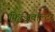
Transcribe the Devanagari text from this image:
फित्झवॉल्टर